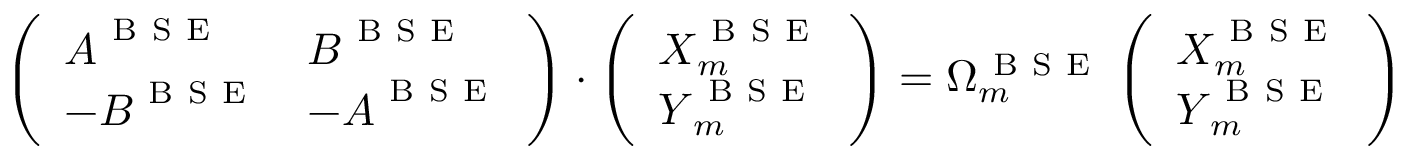
\left( \begin{array} { l l } { \boldsymbol { A } ^ { \mathrm { ~ B ~ S ~ E ~ } } } & { \boldsymbol { B } ^ { \mathrm { ~ B ~ S ~ E ~ } } } \\ { - \boldsymbol { B } ^ { \mathrm { ~ B ~ S ~ E ~ } } } & { - \boldsymbol { A } ^ { \mathrm { ~ B ~ S ~ E ~ } } } \end{array} \right) \cdot \left( \begin{array} { l } { \boldsymbol { X } _ { m } ^ { \mathrm { ~ B ~ S ~ E ~ } } } \\ { \boldsymbol { Y } _ { m } ^ { \mathrm { ~ B ~ S ~ E ~ } } } \end{array} \right) = \Omega _ { m } ^ { \mathrm { ~ B ~ S ~ E ~ } } \left( \begin{array} { l } { \boldsymbol { X } _ { m } ^ { \mathrm { ~ B ~ S ~ E ~ } } } \\ { \boldsymbol { Y } _ { m } ^ { \mathrm { ~ B ~ S ~ E ~ } } } \end{array} \right)